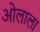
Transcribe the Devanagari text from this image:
ओलाला